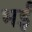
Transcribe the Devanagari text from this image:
भईं